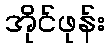
အိုင်ဖုန်း